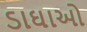
ડાઘાઓ